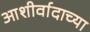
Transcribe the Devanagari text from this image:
आशीर्वादाच्या